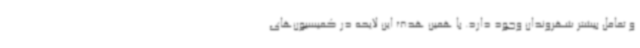
و تعامل بیشتر شهروندان وجود دارد. با همین هدف این لایحه در کمیسیون‌های